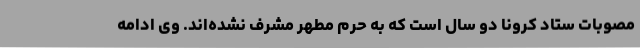
مصوبات ستاد کرونا دو سال است که به حرم مطهر مشرف نشده‌اند. وی ادامه